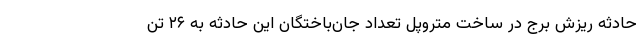
حادثه ریزش برج در ساخت متروپل تعداد جان‌باختگان این حادثه به ۲۶ تن